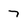
Character: 7